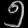
Digit: ၅